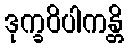
ဒုက္ခဝိပါကန္တိ